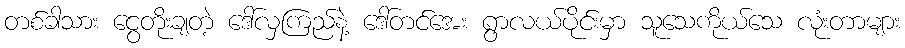
တစ်ခါသား ငွေတိုးချတဲ့ ဒေါ်လှကြည်နဲ့ ဒေါ်တင်အေး ရွာလယ်ပိုင်းမှာ သူသေကိုယ်သေ လုံးတာများ